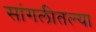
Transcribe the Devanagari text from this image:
सांगलीतल्या